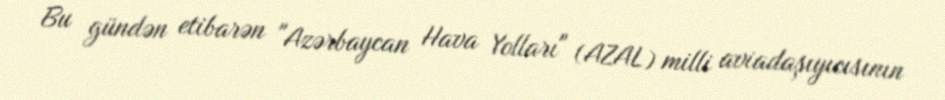
Bu gündən etibarən "Azərbaycan Hava Yolları" (AZAL) milli aviadaşıyıcısının